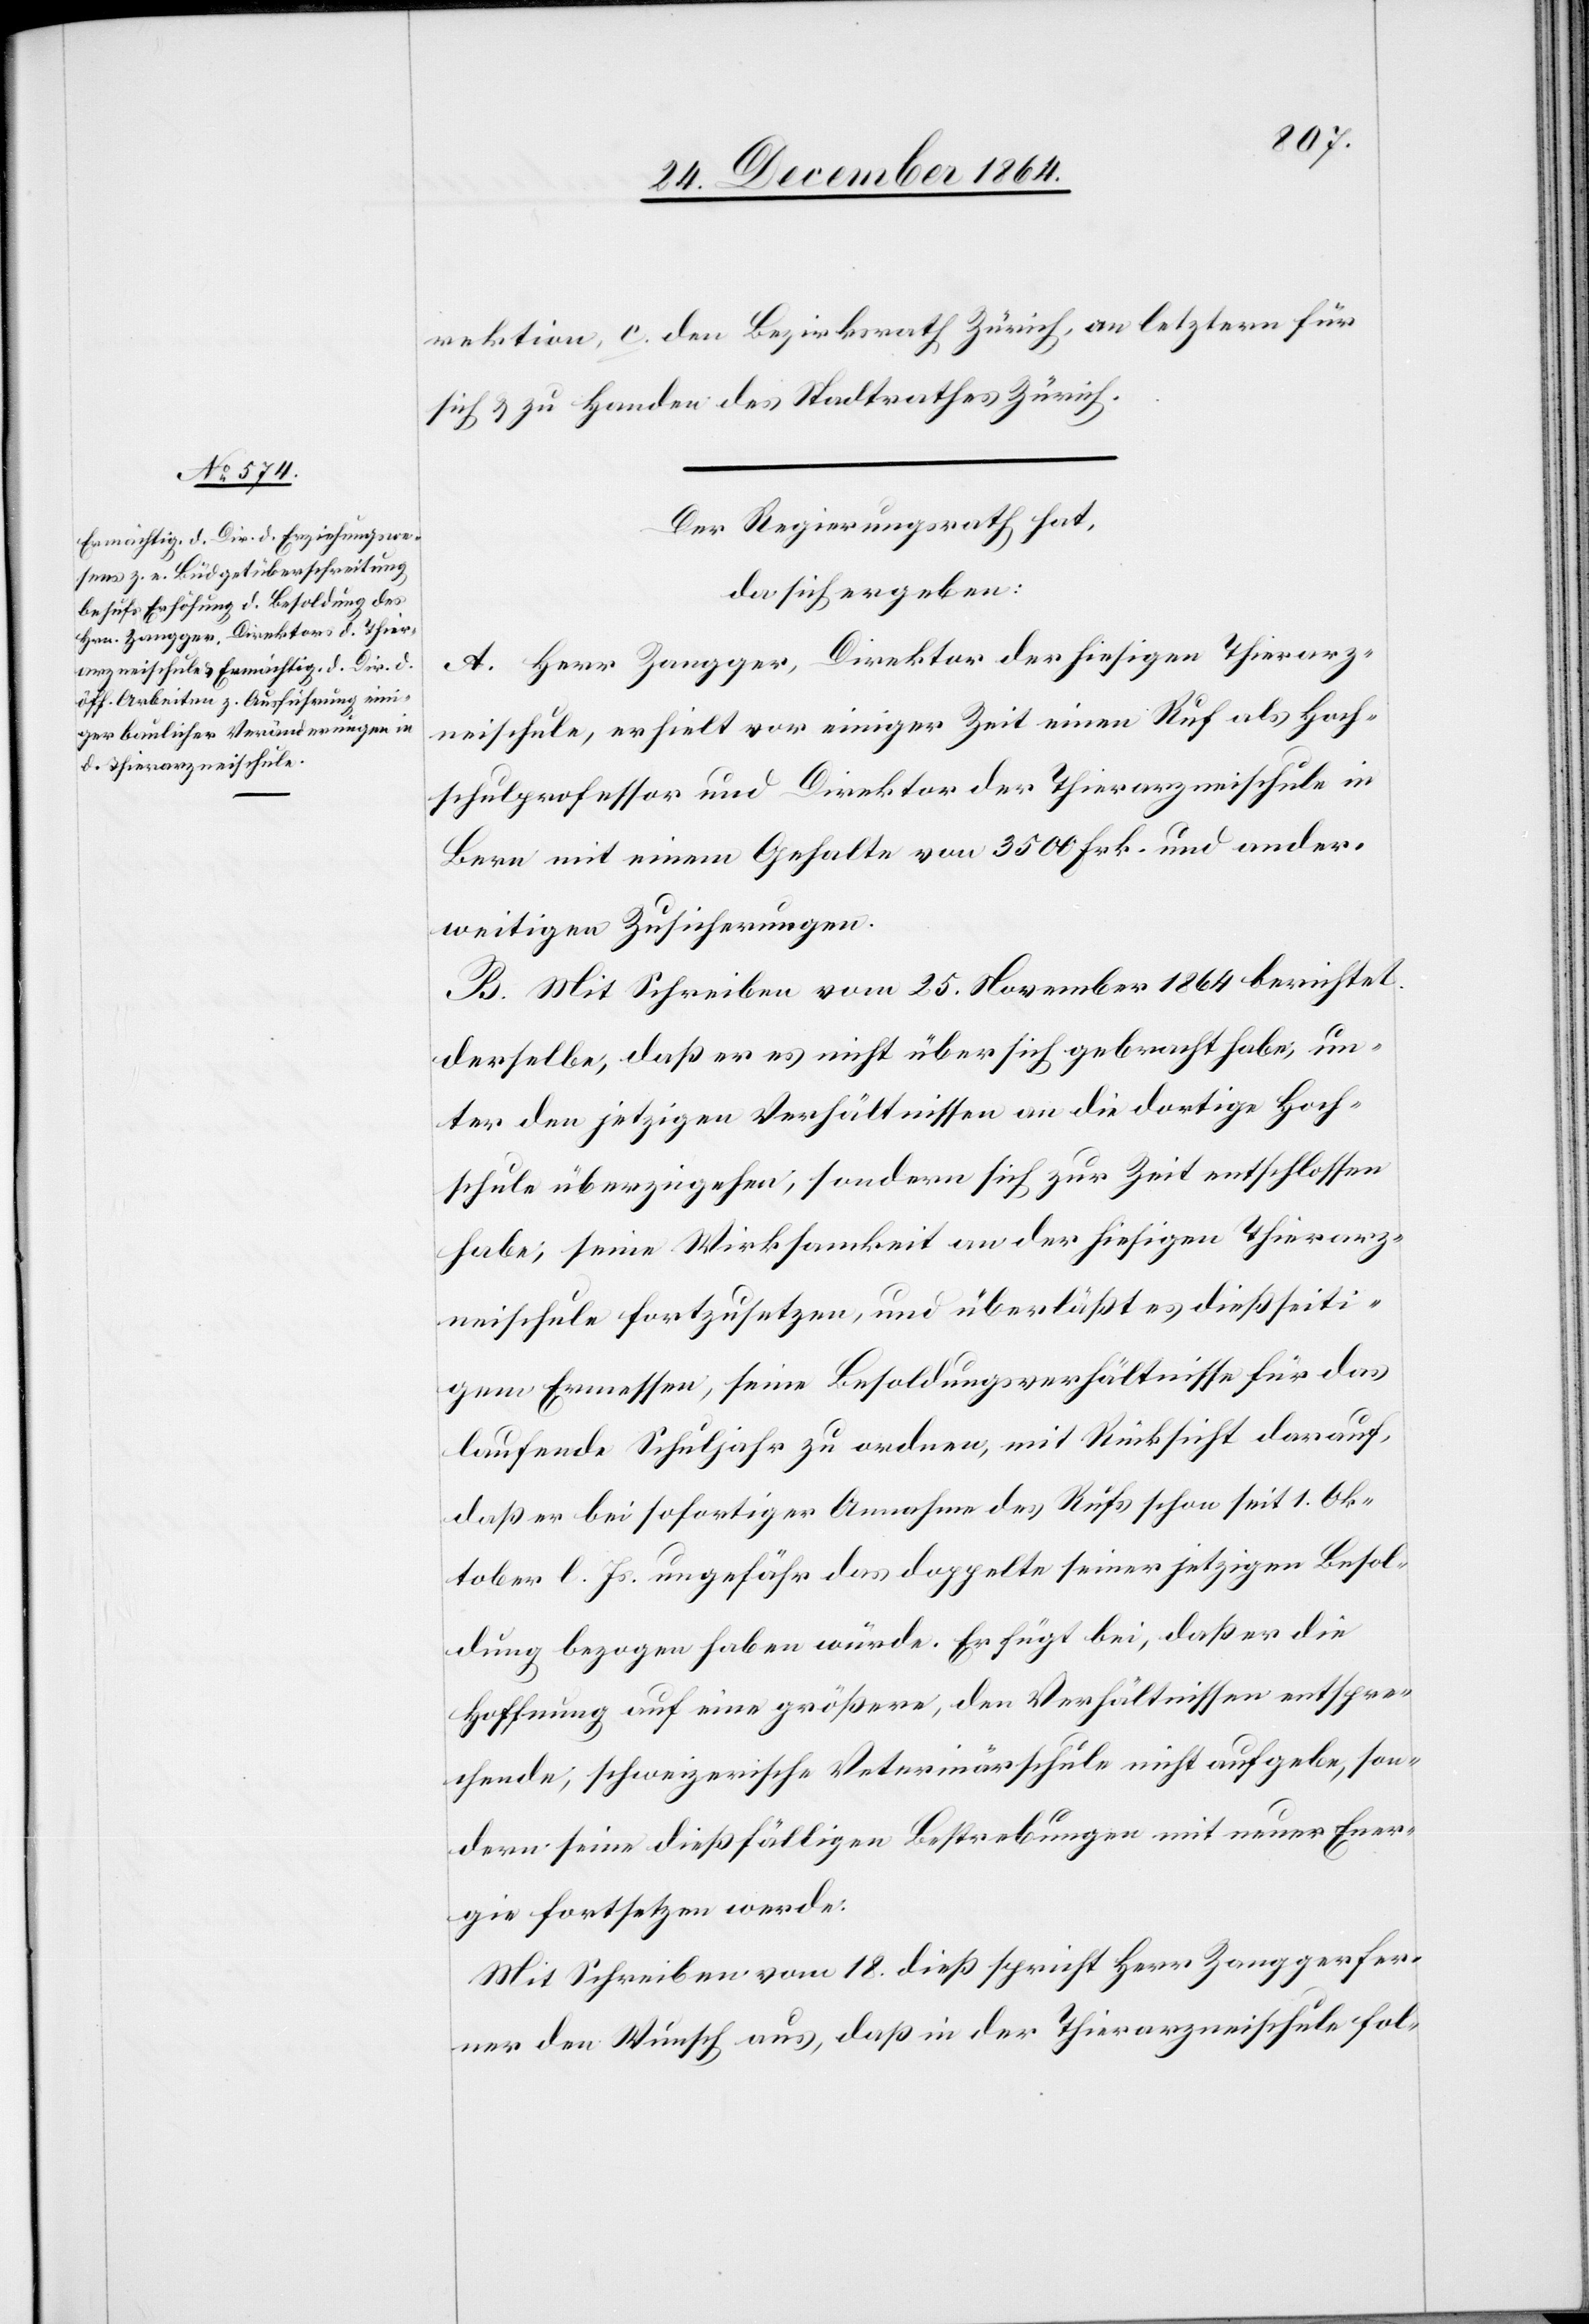
rektion, c. den Bezirksrath Zürich, an letztere für
sich & zu Handen des Stadtrathes Zürich.
Der Regierungsrath hat,
da sich ergeben:
A. Herr Zangger, Direktor der hiesigen Thierarz¬
neischule, erhielt vor einiger Zeit einen Ruf als Hoch¬
schulprofessor und Direktor der Thierarzneischule in
Bern mit einem Gehalte von 3 500 Frk. und ander¬
weitigen Zusicherungen.
B. Mit Schreiben vom 25. November 1864 berichtet
derselbe, daß er es nicht über sich gebracht habe, un¬
ter den jetzigen Verhältnissen an die dortige Hoch¬
schule überzugehen, sondern sich zur Zeit entschlossen
habe, seine Wirksamkeit an der hiesigen Thierarz¬
neischule fortzusetzen, und überläßt es dießseiti¬
gem Ermessen, seine Besoldungsverhältnisse für das
laufende Schuljahr zu ordnen, mit Rücksicht darauf,
daß er bei sofortiger Annahme des Rufs schon seit 1. Ok¬
tober l. Js. ungefähr das doppelte seiner jetzigen Besol¬
dung bezogen haben würde. Er fügt bei, daß er die
Hoffnung auf eine größere, den Verhältnissen entspre¬
chende, schweizerische Veterinärschule nicht aufgebe, son¬
dern seine dießfälligen Bestrebungen mit neuer Ener¬
gie fortsetzen werde.
Mit Schreiben vom 18. dieß spricht Herr Zangger fer¬
ner den Wunsch aus, daß in der Thierarzneischule fol-